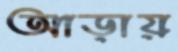
আড়ায়